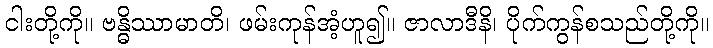
ငါးတို့ကို။ ဗန္ဓိဿာမာတိ၊ ဖမ်းကုန်အံ့ဟူ၍။ ဇာလာဒီနိ၊ ပိုက်ကွန်စသည်တို့ကို။